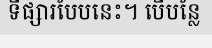
ទីផ្សារបែបនេះ។ បើបន្លែ